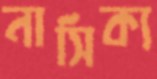
নাসিক্য